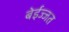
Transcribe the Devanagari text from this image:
बेईज्जत